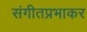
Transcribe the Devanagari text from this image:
संगीतप्रभाकर